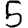
Digit: 5